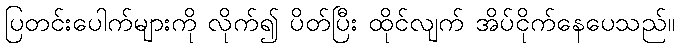
ပြတင်းပေါက်များကို လိုက်၍ ပိတ်ပြီး ထိုင်လျက် အိပ်ငိုက်နေပေသည်။